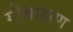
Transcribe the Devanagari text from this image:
गोब्राह्मण